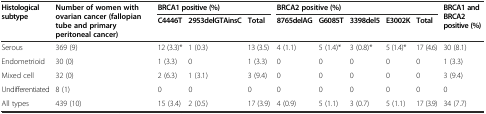
| <ROWSPAN=2> Histological subtype | <ROWSPAN=2> Number of women with ovarian cancer (fallopian tube and primary peritoneal cancer) | <COLSPAN=3> BRCA1 positive (%) | <COLSPAN=5> BRCA2 positive (%) | <ROWSPAN=2> BRCA1 and BRCA2 positive (%) |
 | C4446T | 2953delGTAinsC | Total | 8765delAG | G6085T | 3398del5 | E3002K | Total |
 | --- | --- | --- | --- | --- | --- | --- | --- | --- | --- | --- |
 | Serous | 369 (9) | 12 (3.3)* | 1 (0.3) | 13 (3.5) | 4 (1.1) | 5 (1.4)* | 3 (0.8)* | 5 (1.4)* | 17 (4.6) | 30 (8.1) |
 | Endometrioid | 30 (0) | 1 (3.3) | 0 | 1 (3.3) | 0 | 0 | 0 | 0 | 0 | 1 (3.3) |
 | Mixed cell | 32 (0) | 2 (6.3) | 1 (3.1) | 3 (9.4) | 0 | 0 | 0 | 0 | 0 | 3 (9.4) |
 | Undifferentiated | 8 (1) | 0 | 0 | 0 | 0 | 0 | 0 | 0 | 0 | 0 |
 | All types | 439 (10) | 15 (3.4) | 2 (0.5) | 17 (3.9) | 4 (0.9) | 5 (1.1) | 3 (0.7) | 5 (1.1) | 17 (3.9) | 34 (7.7) |